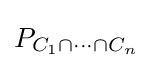
P_{C_{1}\cap \dots \cap C_{n}}